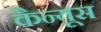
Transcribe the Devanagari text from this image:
कैन्यूस